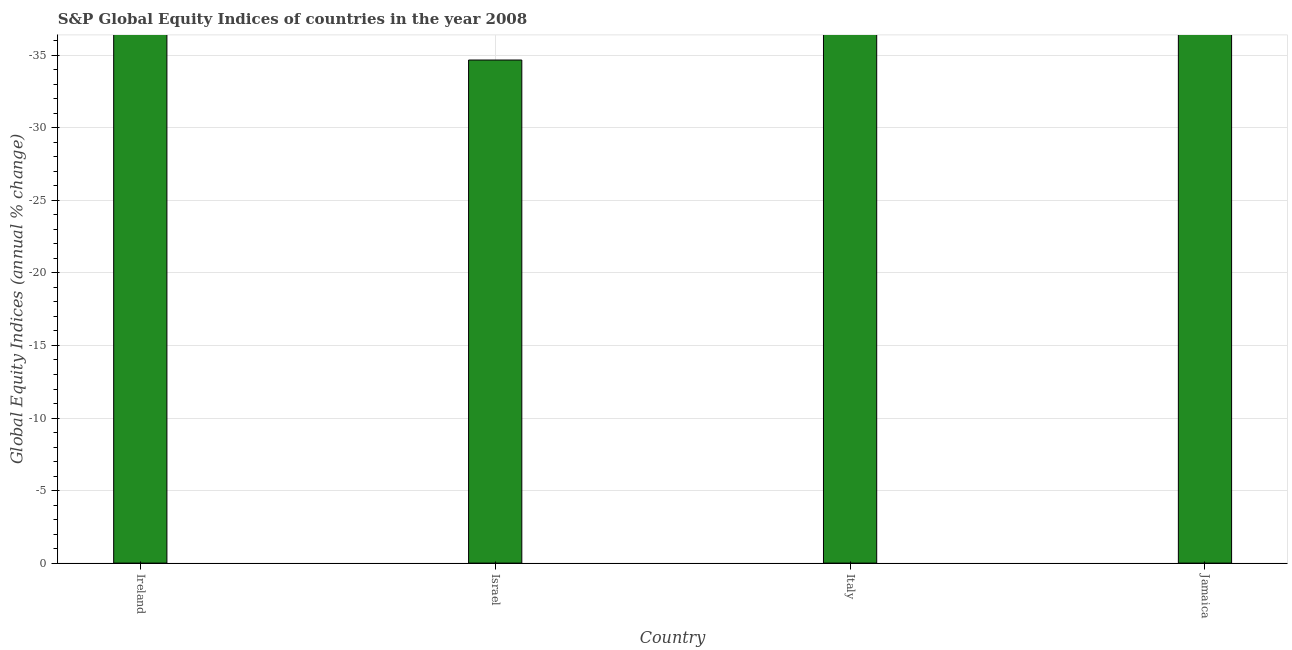
| Country | S&P Global Equity Indices |
 | --- | --- |
 | Ireland | -69.9 |
 | Israel | -34.7 |
 | Italy | -52.6 |
 | Jamaica | -38.2 |